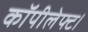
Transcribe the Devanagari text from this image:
कॉपीलेफ्ट।